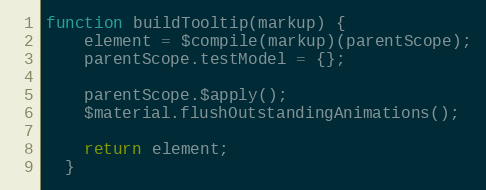
Language: JavaScript
function buildTooltip(markup) {
    element = $compile(markup)(parentScope);
    parentScope.testModel = {};

    parentScope.$apply();
    $material.flushOutstandingAnimations();

    return element;
  }